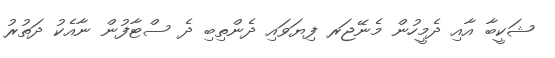
ޝަކީބާ އާއި ދެމީހުން މެނޭޖަރ ފިޔަވައި ދެންތިބި ދެ ސްޓާފުން ނާއެކު ދަތުރު